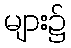
များ၌